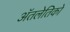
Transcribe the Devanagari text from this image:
ॲतलेतिको